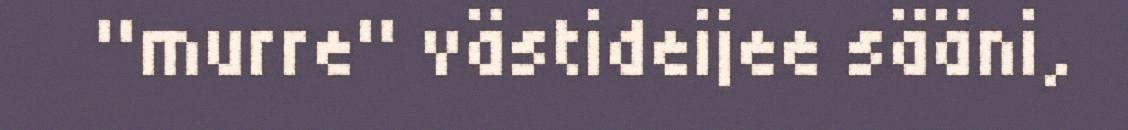
"murre" västideijee sääni,